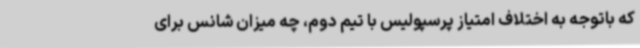
که باتوجه به اختلاف امتیاز پرسپولیس با تیم دوم، چه میزان شانس برای